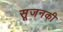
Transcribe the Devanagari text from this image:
सूजनकी